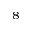
_ 8